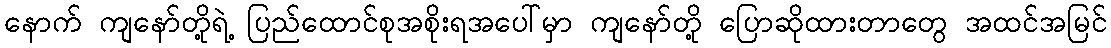
နောက် ကျနော်တို့ရဲ့ ပြည်ထောင်စုအစိုးရအပေါ်မှာ ကျနော်တို့ ပြောဆိုထားတာတွေ အထင်အမြင်